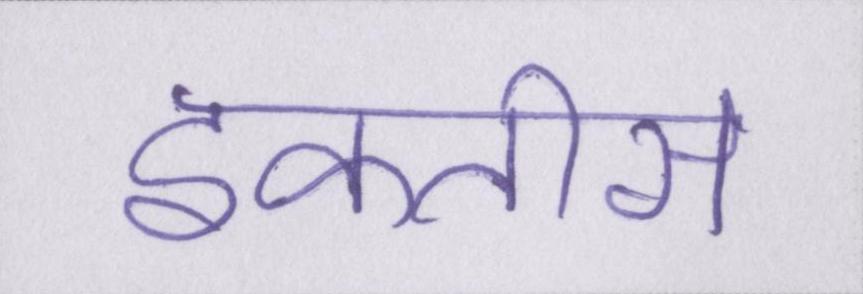
इकतीस